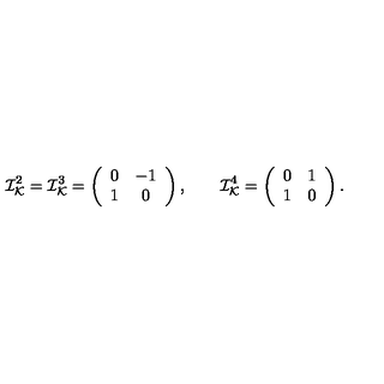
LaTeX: { \cal I } _ { \cal K } ^ { 2 } = { \cal I } _ { \cal K } ^ { 3 } = \left( \begin{array} { c c } { 0 } & { - 1 } \\ { 1 } & { 0 } \\ \end{array} \right) , \qquad { \cal I } _ { \cal K } ^ { 4 } = \left( \begin{array} { c c } { 0 } & { 1 } \\ { 1 } & { 0 } \\ \end{array} \right) .